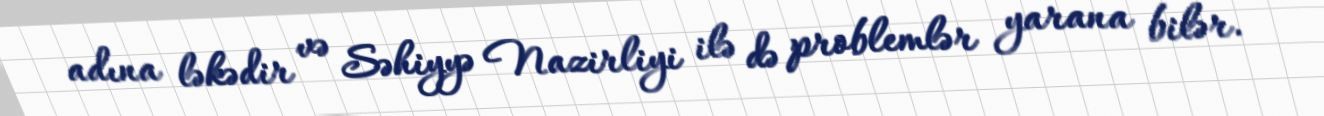
adına ləkədir və Səhiyyə Nazirliyi ilə də problemlər yarana bilər.